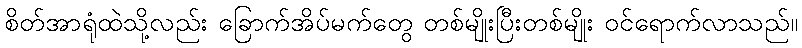
စိတ်အာရုံထဲသို့လည်း ခြောက်အိပ်မက်တွေ တစ်မျိုးပြီးတစ်မျိုး ဝင်ရောက်လာသည်။